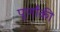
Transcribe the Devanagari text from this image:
पूर्णांकी